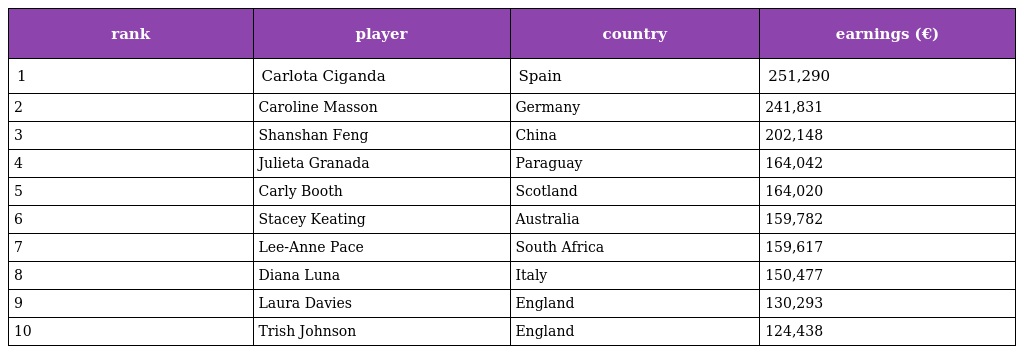
| rank | player | country | earnings (€) |
 | --- | --- | --- | --- |
 | 1 | Carlota Ciganda | Spain | 251,290 |
 | 2 | Caroline Masson | Germany | 241,831 |
 | 3 | Shanshan Feng | China | 202,148 |
 | 4 | Julieta Granada | Paraguay | 164,042 |
 | 5 | Carly Booth | Scotland | 164,020 |
 | 6 | Stacey Keating | Australia | 159,782 |
 | 7 | Lee-Anne Pace | South Africa | 159,617 |
 | 8 | Diana Luna | Italy | 150,477 |
 | 9 | Laura Davies | England | 130,293 |
 | 10 | Trish Johnson | England | 124,438 |